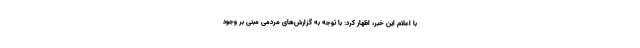
با اعلام این خبر، اظهار کرد: با توجه به گزارش‌های مردمی مبنی بر وجود